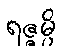
ရဇ္ဇမ္ပိ